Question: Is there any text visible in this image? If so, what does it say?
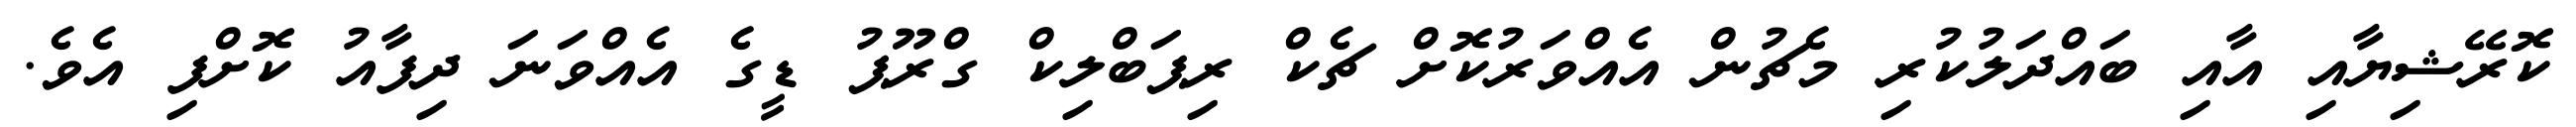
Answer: ކޮރޭޝިޔާއި އާއި ބައްދަލުކުރި މެޗުން އެއްވަރުކޮށް ޗެކް ރިޕަބްލިކް ގްރޫޕު ޑީގެ އެއްވަނަ ދިފާއު ކޮށްފި އެވެ.